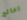
اعالج